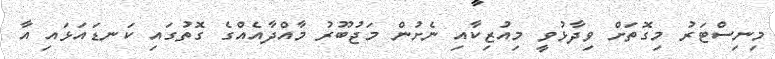
މިނިސްޓަރު މިގޮތަށް ވިދާޅުވީ މިއުޒިކާއި ނެށުން މަޖުބޫރު މާއްދާއެއްގެ ގޮތުގައި ކަނޑައަޅައި އާ